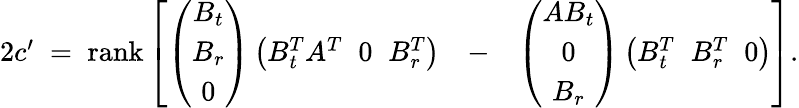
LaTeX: \begin{array}{rlr}{2c^{\prime}\; =\; \mathrm{rank}\left[\left(\begin{array}{c}{B_{t}}\\ {B_{r}}\\ {0}\end{array}\right)\left(B_{t}^{T}A^{T}\; \; 0\; \; B_{r}^{T}\right)\right.}&{-}&{\left.\left(\begin{array}{c}{AB_{t}}\\ {0}\\ {B_{r}}\end{array}\right)\left(B_{t}^{T}\; \; B_{r}^{T}\; \; 0\right)\right].}\end{array}